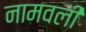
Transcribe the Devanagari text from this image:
नामवली